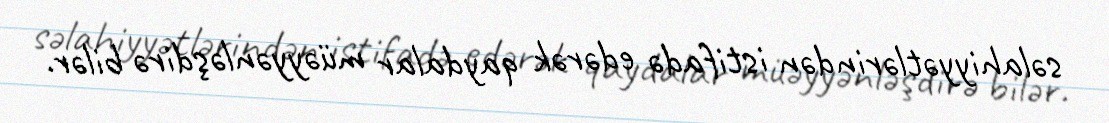
səlahiyyətlərindən istifadə edərək qaydalar müəyyənləşdirə bilər.